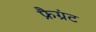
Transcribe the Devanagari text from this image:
फ्रैग्रंट